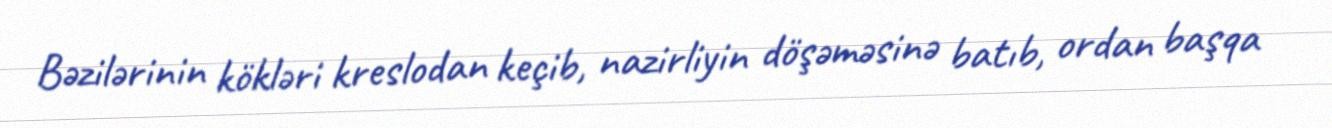
Bəzilərinin kökləri kreslodan keçib, nazirliyin döşəməsinə batıb, ordan başqa